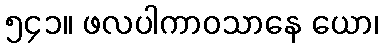
၅၄၁။ ဖလပါကာဝသာနေ ယော၊